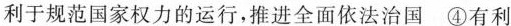
利于规范国家权力的运行，推进全面依法治国④有利